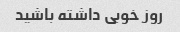
روز خوبی داشته باشید